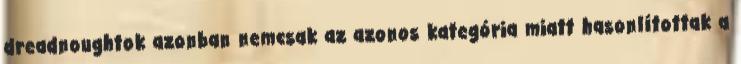
dreadnoughtok azonban nemcsak az azonos kategória miatt hasonlítottak a